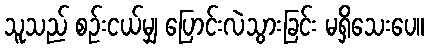
သူသည် စဉ်းငယ်မျှ ပြောင်းလဲသွားခြင်း မရှိသေးပေ။